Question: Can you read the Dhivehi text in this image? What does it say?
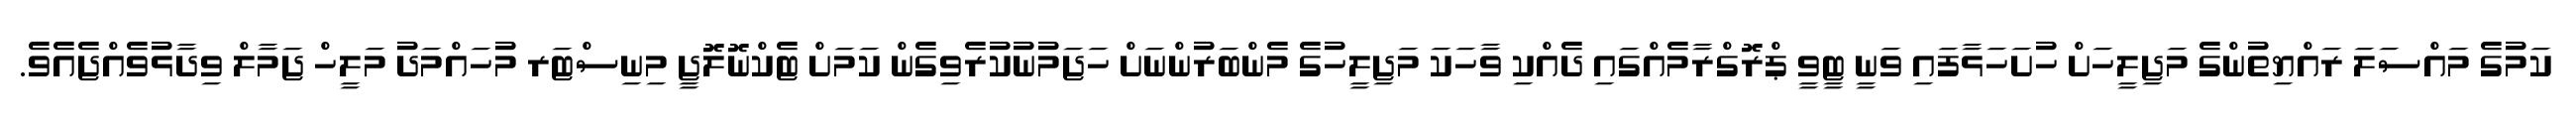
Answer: ކަމުގެ މައްސަލަ ރައްޔިތުންގެ މަޖިލީހަށް ހުށަހަޅާފައި ވަނީ ޓީވީ ޕްރޮގްރާމެއްގައި ދެއްކި ވާހަކަ މަޖިލީހުގެ މެންބަރުންނަށް ހަޖަމުނުކުރެވިގެން ކަމަށް ޓެކްނޮލޮޖީ މިނިސްޓަރ މުހައްމަދު މަލީހް ޖަމާލް ވިދާޅުވެއްޖެއެވެ.